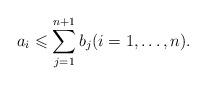
LaTeX: \begin{align*} a_i \leqslant \sum _{j=1}^{n+1} b_j (i=1,\dots, n). \end{align*}